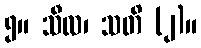
၅။ သီလ၊ သတိ (၂)။